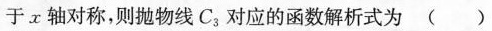
于x轴对称，则抛物线C_{3}对应的函数解析式为( )